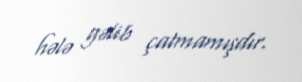
hələ gəlib çatmamışdır.